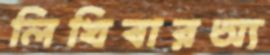
লিখিবারঅ্য